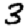
Digit: 3